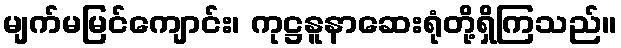
မျက်မမြင်ကျောင်း၊ ကုဋ္ဌနူနာဆေးရုံတို့ရှိကြသည်။